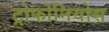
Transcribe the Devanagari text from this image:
ट्रोफोनियोस